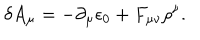
\delta A _ { \mu } = - { \partial _ { \mu } \epsilon _ { 0 } } + F _ { \mu \nu } \rho ^ { \nu } .